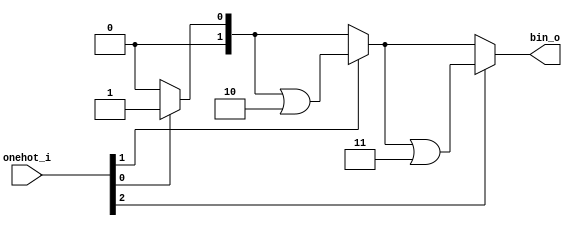
`timescale 1ns / 1ps

/*---------------------------*/
/* One-Hot to Binary Encoder */
/*---------------------------*/

// One-hot to binary encoder (if input is (0)0 or (0)1, the output is 0)
module iob_cache_onehot_to_bin #(
   parameter BIN_W = 2
) (
   input      [2**BIN_W-1:1] onehot_i,
   output reg [   BIN_W-1:0] bin_o
);

   reg     [BIN_W-1:0] bin_cnt;
   integer             i;

   always @(onehot_i) begin : onehot_to_binary_encoder
      bin_cnt = 0;
      for (i = 1; i < 2 ** BIN_W; i = i + 1) if (onehot_i[i]) bin_cnt = bin_cnt | i[BIN_W-1:0];
      bin_o = bin_cnt;
   end

endmodule